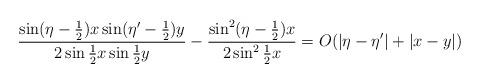
LaTeX: \begin{align*} \frac{\sin (\eta - \frac{1}{2})x \sin (\eta' -\frac{1}{2})y}{2 \sin \frac{1}{2} x \sin \frac{1}{2} y} - \frac{\sin^2 (\eta - \frac{1}{2})x}{2 \sin^2 \frac{1}{2} x }= O(|\eta - \eta'|+ |x-y| )\end{align*}